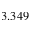
3 . 3 4 9